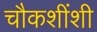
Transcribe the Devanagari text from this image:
चौकशींशी